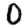
Digit: 0